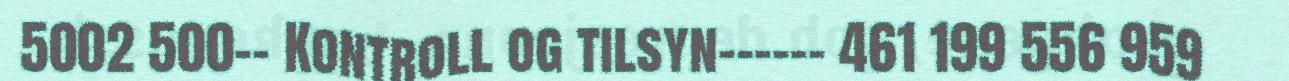
5002 500-- Kontroll og tilsyn------ 461 199 556 959